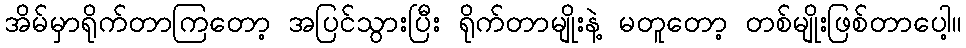
အိမ်မှာရိုက်တာကြတော့ အပြင်သွားပြီး ရိုက်တာမျိုးနဲ့ မတူတော့ တစ်မျိုးဖြစ်တာပေါ့။